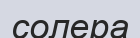
солера